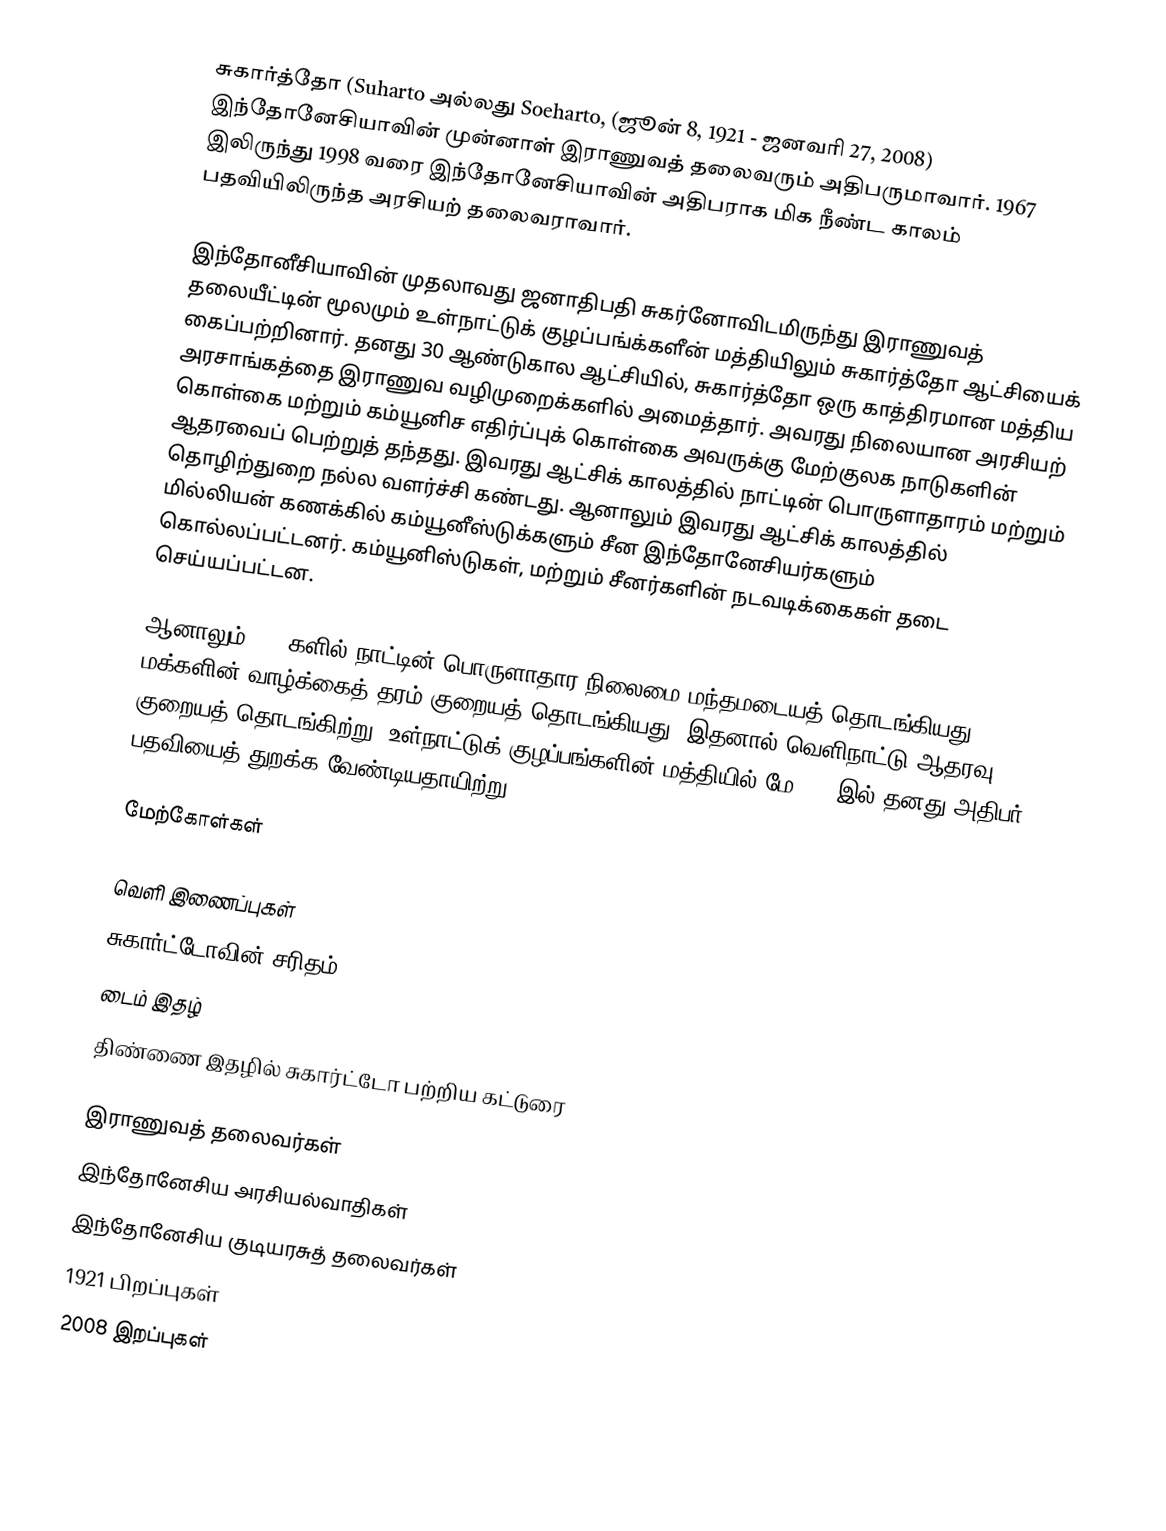
சுகார்த்தோ (Suharto அல்லது Soeharto, (ஜூன் 8, 1921 - ஜனவரி 27, 2008) இந்தோனேசியாவின் முன்னாள் இராணுவத் தலைவரும் அதிபருமாவார். 1967 இலிருந்து 1998 வரை இந்தோனேசியாவின் அதிபராக மிக நீண்ட காலம் பதவியிலிருந்த அரசியற் தலைவராவார்.

இந்தோனீசியாவின் முதலாவது ஜனாதிபதி சுகர்னோவிடமிருந்து இராணுவத் தலையீட்டின் மூலமும் உள்நாட்டுக் குழப்பங்க்களீன் மத்தியிலும் சுகார்த்தோ ஆட்சியைக் கைப்பற்றினார். தனது 30 ஆண்டுகால ஆட்சியில், சுகார்த்தோ ஒரு காத்திரமான மத்திய அரசாங்கத்தை இராணுவ வழிமுறைக்களில் அமைத்தார். அவரது நிலையான அரசியற் கொள்கை மற்றும் கம்யூனிச எதிர்ப்புக் கொள்கை அவருக்கு மேற்குலக நாடுகளின் ஆதரவைப் பெற்றுத் தந்தது. இவரது ஆட்சிக் காலத்தில் நாட்டின் பொருளாதாரம் மற்றும் தொழிற்துறை நல்ல வளர்ச்சி கண்டது. ஆனாலும் இவரது ஆட்சிக் காலத்தில் மில்லியன் கணக்கில் கம்யூனீஸ்டுக்களும் சீன இந்தோனேசியர்களும் கொல்லப்பட்டனர். கம்யூனிஸ்டுகள், மற்றும் சீனர்களின் நடவடிக்கைகள் தடை செய்யப்பட்டன.

ஆனாலும் 1990களில் நாட்டின் பொருளாதார நிலைமை மந்தமடையத் தொடங்கியது. மக்களின் வாழ்க்கைத் தரம் குறையத் தொடங்கியது. இதனால் வெளிநாட்டு ஆதரவு குறையத் தொடங்கிற்று. உள்நாட்டுக் குழப்பங்களின் மத்தியில் மே 1998இல் தனது அதிபர் பதவியைத் துறக்க வேண்டியதாயிற்று.

மேற்கோள்கள்

வெளி இணைப்புகள்
 சுகார்ட்டோவின் சரிதம்
 டைம் இதழ்
 திண்ணை இதழில் சுகார்ட்டோ பற்றிய கட்டுரை

இராணுவத் தலைவர்கள்
இந்தோனேசிய அரசியல்வாதிகள்
இந்தோனேசிய குடியரசுத் தலைவர்கள்
1921 பிறப்புகள்
2008 இறப்புகள்